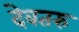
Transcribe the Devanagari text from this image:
देवतरु